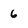
Character: 6